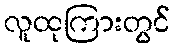
လူထုကြားတွင်